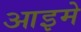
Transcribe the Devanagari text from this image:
आइमे